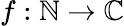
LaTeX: f:\mathbb{N}\to\mathbb{C}